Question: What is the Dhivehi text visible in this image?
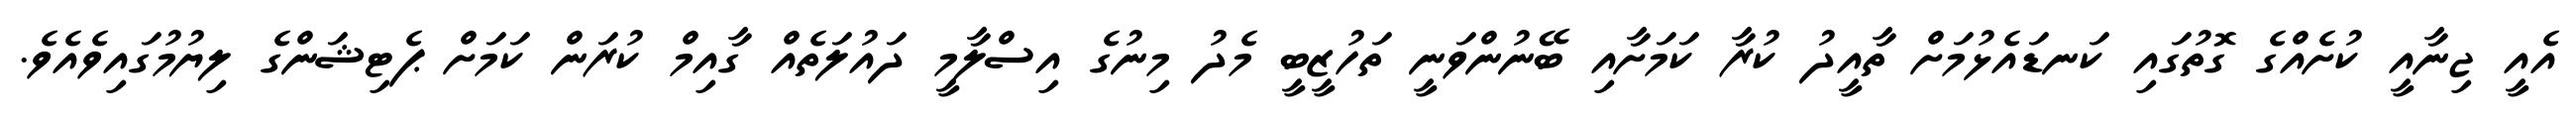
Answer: އެއީ ޖިނާއީ ކުށެއްގެ ގޮތުގައި ކަނޑައެޅުމަށް ތާއީދު ކުރާ ކަމަށާއި ބޭނުންވަނީ ތަހުޒީބީ މެދު މިނުގެ އިސްލާމީ ދައުލަތެއް ގާއިމް ކުރަން ކަމަށް ޕެޓިޝަންގެ ލިޔުމުގައިވެއެވެ.